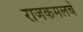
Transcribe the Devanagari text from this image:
राजकमलचे